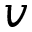
v